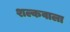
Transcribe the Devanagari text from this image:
शल्कवाला